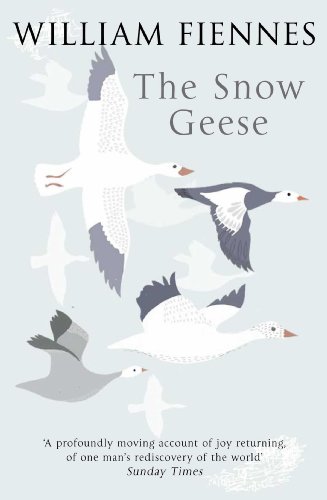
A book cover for The Snow Geese; William Fiennes; Travel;